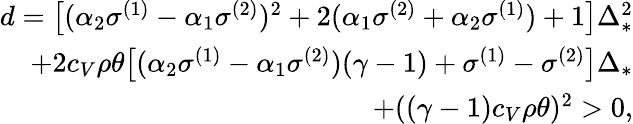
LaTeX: \begin{array}{r}{d=\big[(\alpha_{2}\sigma^{(1)}-\alpha_{1}\sigma^{(2)})^{2}+2(\alpha_{1}\sigma^{(2)}+\alpha_{2}\sigma^{(1)})+1\big]\Delta_{*}^{2}}\\ {+2c_{V}\rho\theta\big[(\alpha_{2}\sigma^{(1)}-\alpha_{1}\sigma^{(2)})(\gamma-1)+\sigma^{(1)}-\sigma^{(2)}\big]\Delta_{*}}\\ {+((\gamma-1)c_{V}\rho\theta)^{2}>0,}\end{array}